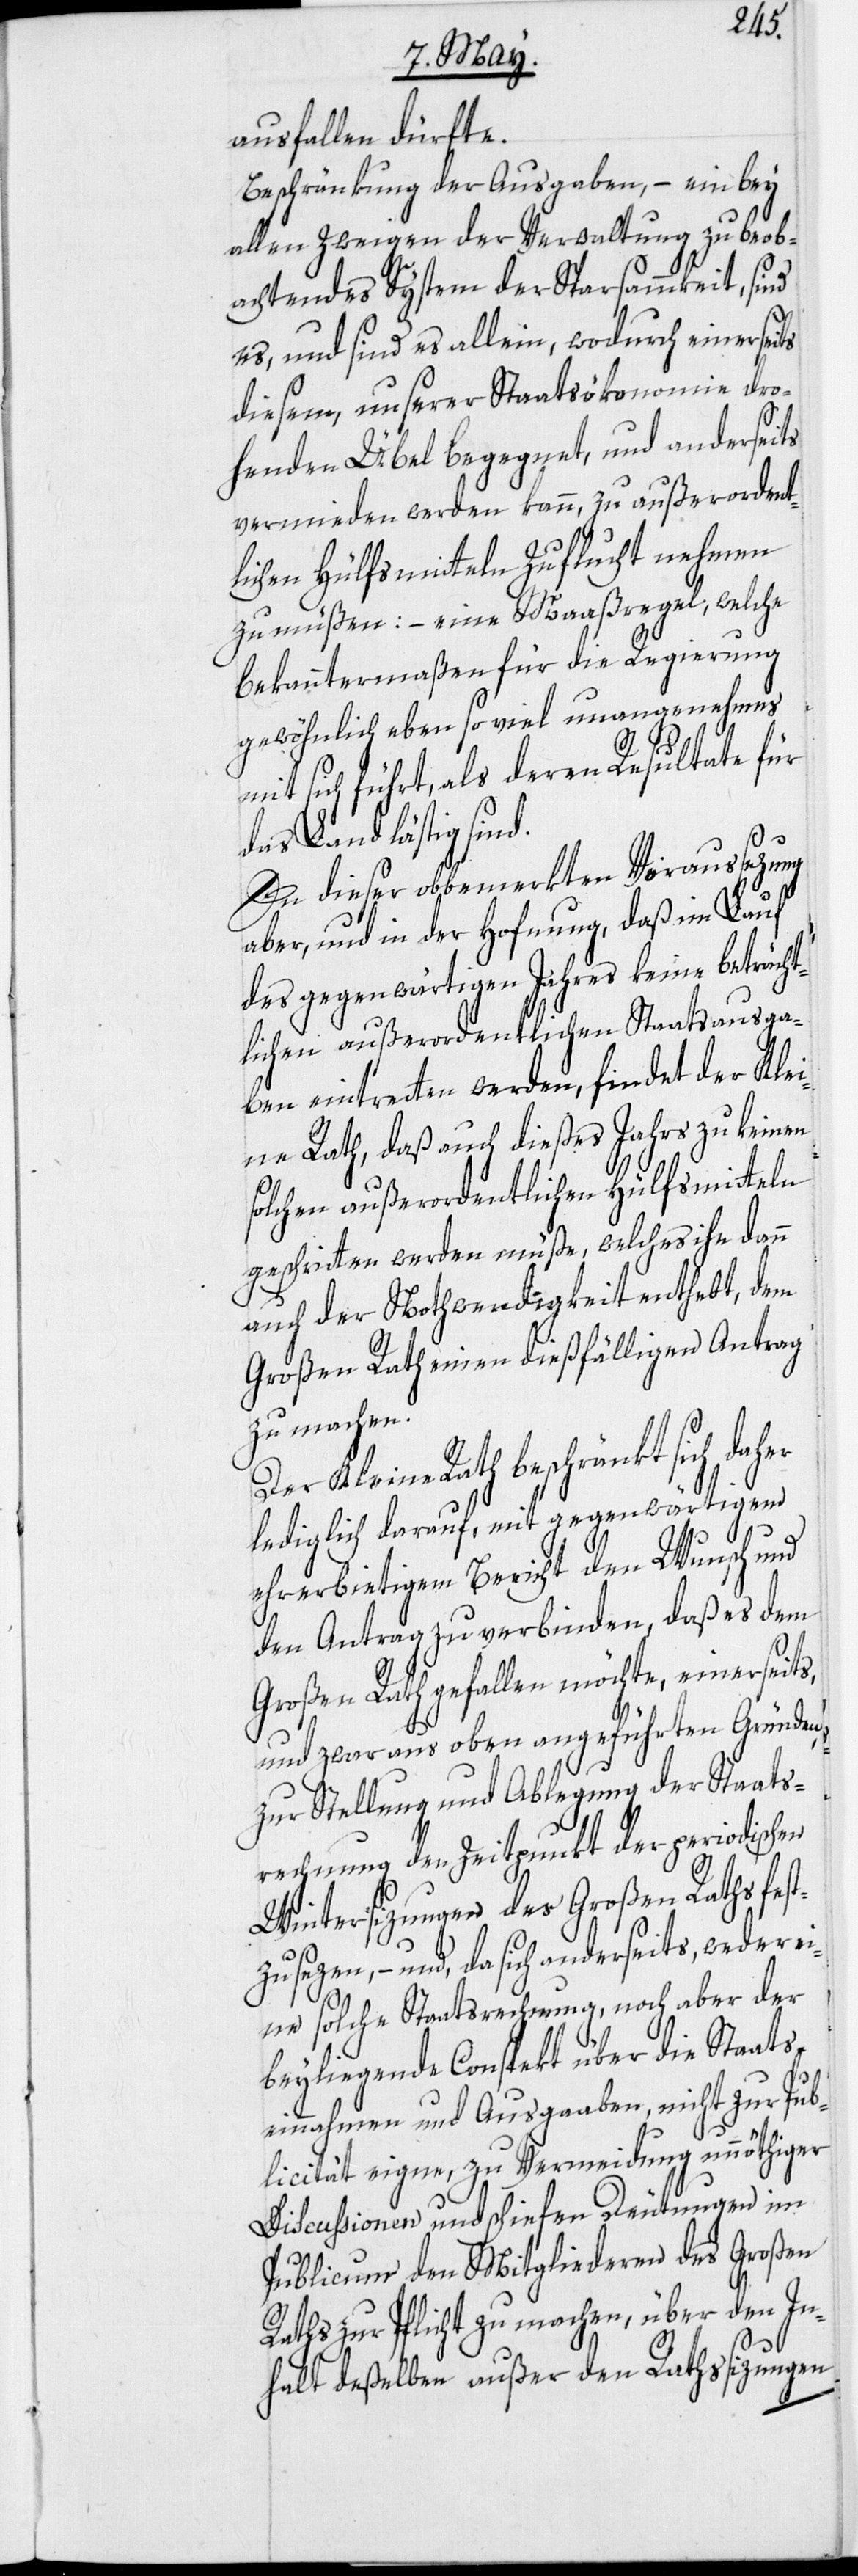
ausfallen dürfte.
Beschränkung der Ausgaben, – ein bey
allen Zweigen der Verwaltung zu beob¬
achtendes System der Sparsammkeit, sind
es, und sind es allein, wodurch einerseits
diesem, unserer Staatsökonomie dro¬
henden Übel begegnet, und anderseits
vermieden werden kann, zu außerordent¬
lichen Hülfsmitteln Zuflucht nehmen
zu müßen: – eine Maaßregel, welche
bekanntermaßen für die Regierung
gewöhnlich eben so viel unangenehmes
mit sich führt, als deren Resultate für
das Land lästig sind.
In dieser obbemerkten Voraussezung
aber, und in der Hofnung, daß im Lauf
des gegenwärtigen Jahres keine beträcht¬
lichen außerordentlichen Staatsausga¬
ben eintretten werden, findet der Klei¬
ne Rath, daß auch dießes Jahrs zu keinen
solchen außerordentlichen Hülfsmitteln
geschritten werden müße, welches ihn dann
auch der Nothwendigkeit enthebt, dem
Großen Rath einen dießfälligen Antrag
zu machen.
Der Kleine Rath beschränkt sich
lediglich darauf, mit gegenwärtigem
ehrerbietigen Bericht den Wunsch und
den Antrag zu verbinden, daß es dem
Großen Rath gefallen möchte, einerseits,
und zwar aus oben angeführten Gründen,
zur Stellung und Ablegung der Staats¬
rechnung den Zeitpunkt der periodischen
Wintersizungen des Großen Raths fest¬
zusezen, – und, da sich anderseits, weder e¬
ine solche Staatsrechnung, noch aber der
beyliegende Conspekt über die Staats¬
einnahmen und Ausgaaben, nicht zur Pub¬
licität eigne, zu Vermeidung unnöthiger
Discussionen und schiefen Deutungen im
Publicum den Mitgliederen des Großen
Raths zur Pflicht zu machen, über den In¬
halt deßelben außer den Rathssizungen